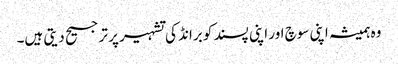
وہ ہمیشہ اپنی سوچ اور اپنی پسند کو برانڈ کی تشہیر پر ترجیح دیتی ہیں۔